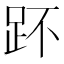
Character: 𧿤